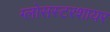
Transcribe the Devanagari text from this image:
ग्लोसस्टरशायर